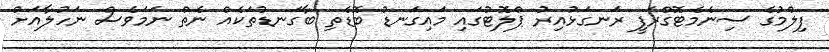
ފިލްމުގެ ސިނެމެޓޮގްރަފީ ރަނގަޅުއިރު ޕްލޮޓުގައި މައިގަނޑު ބޮޑެތި ބާގަނޑުތަކެއް ނެތް ނަމަވެސް ނަހުލާއަށް